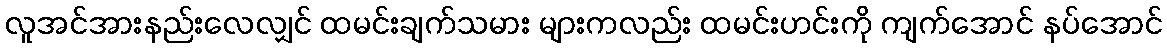
လူအင်အားနည်းလေလျှင် ထမင်းချက်သမား များကလည်း ထမင်းဟင်းကို ကျက်အောင် နပ်အောင်